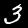
Digit: 3